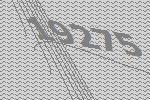
19275